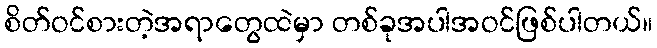
စိတ်ဝင်စားတဲ့အရာတွေထဲမှာ တစ်ခုအပါအဝင်ဖြစ်ပါတယ်။